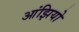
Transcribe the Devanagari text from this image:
आंझियो